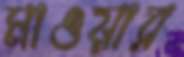
মাওয়ার